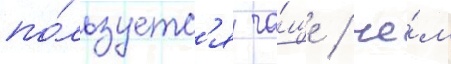
по́льзуетс'я ча́ще / че́м